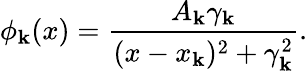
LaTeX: \phi_{\mathbf{k}}(x)=\frac{{A_{\mathbf{k}}\gamma_{\mathbf{k}}}}{{(x-x_{\mathbf{k}})^{2}+\gamma_{\mathbf{k}}^{2}}}.